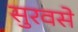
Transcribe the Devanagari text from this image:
सुरवसे